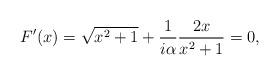
LaTeX: \begin{align*}F'(x)=\sqrt{x^2+1}+{1\over i\alpha}{2x\over x^2+1}=0,\end{align*}